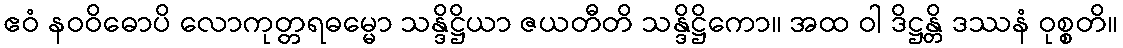
ဧဝံ နဝဝိဓောပိ လောကုတ္တရဓမ္မော သန္ဒိဋ္ဌိယာ ဇယတီတိ သန္ဒိဋ္ဌိကော။ အထ ဝါ ဒိဋ္ဌန္တိ ဒဿနံ ဝုစ္စတိ။